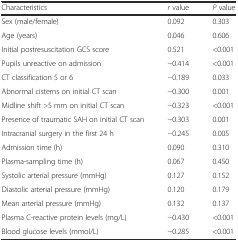
<table><thead><tr><td><b>Characteristics</b></td><td><b><i>r</i> value</b></td><td><b><i>P</i> value</b></td></tr></thead><tbody><tr><td>Sex (male/female)</td><td>0.092</td><td>0.303</td></tr><tr><td>Age (years)</td><td>0.046</td><td>0.606</td></tr><tr><td>Initial postresuscitation GCS score</td><td>0.521</td><td>&lt;0.001</td></tr><tr><td>Pupils unreactive on admission</td><td>−0.414</td><td>&lt;0.001</td></tr><tr><td>CT classification 5 or 6</td><td>−0.189</td><td>0.033</td></tr><tr><td>Abnormal cisterns on initial CT scan</td><td>−0.300</td><td>0.001</td></tr><tr><td>Midline shift &gt;5 mm on initial CT scan</td><td>−0.323</td><td>&lt;0.001</td></tr><tr><td>Presence of traumatic SAH on initial CT scan</td><td>−0.303</td><td>0.001</td></tr><tr><td>Intracranial surgery in the first 24 h</td><td>−0.245</td><td>0.005</td></tr><tr><td>Admission time (h)</td><td>0.090</td><td>0.310</td></tr><tr><td>Plasma-sampling time (h)</td><td>0.067</td><td>0.450</td></tr><tr><td>Systolic arterial pressure (mmHg)</td><td>0.127</td><td>0.152</td></tr><tr><td>Diastolic arterial pressure (mmHg)</td><td>0.120</td><td>0.179</td></tr><tr><td>Mean arterial pressure (mmHg)</td><td>0.132</td><td>0.137</td></tr><tr><td>Plasma C-reactive protein levels (mg/L)</td><td>−0.430</td><td>&lt;0.001</td></tr><tr><td>Blood glucose levels (mmol/L)</td><td>−0.285</td><td>&lt;0.001</td></tr></tbody></table>